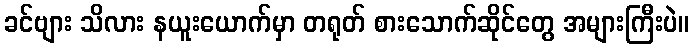
ခင်ဗျား သိလား နယူးယောက်မှာ တရုတ် စားသောက်ဆိုင်တွေ အများကြီးပဲ။